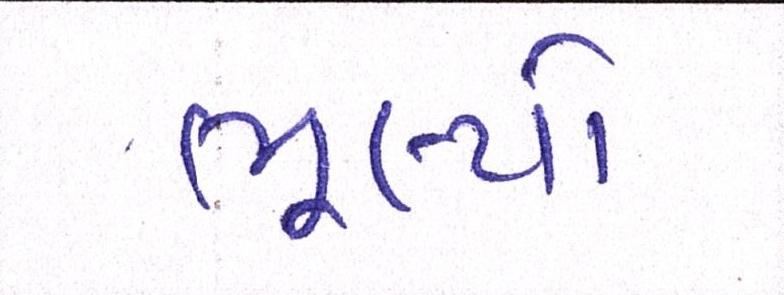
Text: ભૂલ્યો